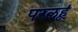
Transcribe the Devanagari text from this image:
परलहूं